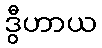
ဒွီဟာယ